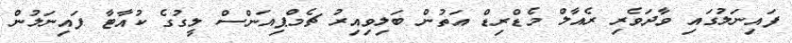
ފައިނަލުގައި ވާދަވެރި ރެއާލް މެޑްރިޑް އަތުން ބަލިވިއިރު ޗެމްޕިއަންސް ލީގުގެ ކުއާޓާ ފައިނަލުން